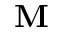
\mathbf { M }